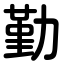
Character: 勤